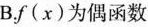
B.f(x)为偶函数